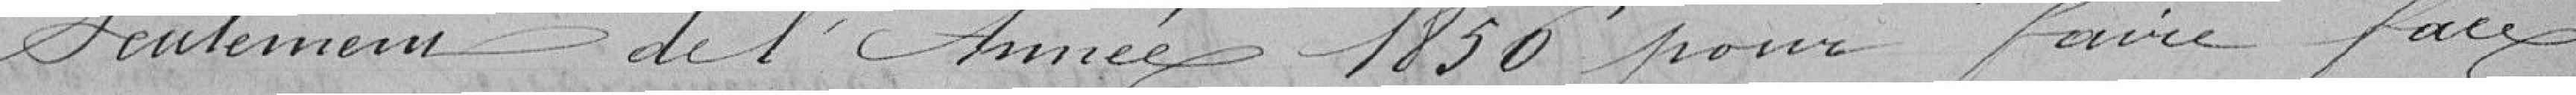
seulement de l'année 1850 pour faire face